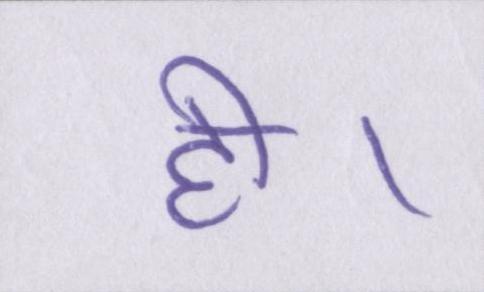
ही।